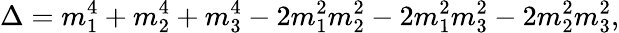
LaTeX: \Delta=m_{1}^{4}+m_{2}^{4}+m_{3}^{4}-2m_{1}^{2}m_{2}^{2}-2m_{1}^{2}m_{3}^{2}-2m_{2}^{2}m_{3}^{2},